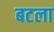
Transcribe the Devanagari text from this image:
बटला